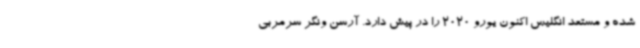
شده و مستعد انگلیس اکنون یورو 2020 را در پیش دارد. آرسن ونگر سرمربی